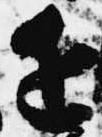
近